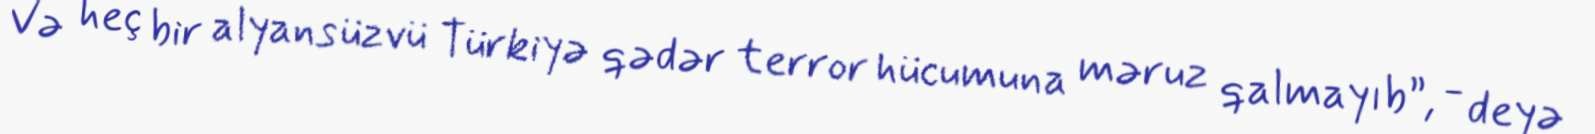
Və heç bir alyans üzvü Türkiyə qədər terror hücumuna məruz qalmayıb”, - deyə